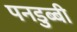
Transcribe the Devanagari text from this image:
पनडुब्‍बी